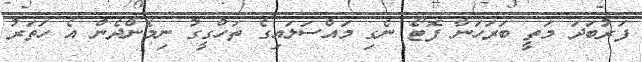
ފަރުބަދަ މަތީ ބަރަހަނާ ފޮޓޯ ނެގި މައްސަލައިގެ ތަހްގީގު ނިމެންދެން އެ ހަތަރު